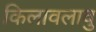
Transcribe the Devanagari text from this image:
किलावलावु